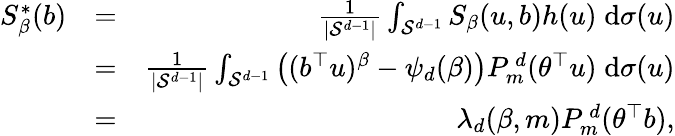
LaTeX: \begin{array}{rlr}{S_{\beta}^{*}(b)}&{=}&{\frac 1{|\mathcal{S}^{d-1}|}\int_{\mathcal{S}^{d-1}}S_{\beta}(u,b)h(u)\; \mathrm{d}\sigma(u)}\\ &{=}&{\frac 1{|\mathcal{S}^{d-1}|}\int_{\mathcal{S}^{d-1}}\left((b^{\top}u)^{\beta}-\psi_{d}(\beta)\right)P_{m}^{\, d}(\theta^{\top}u)\; \mathrm{d}\sigma(u)}\\ &{=}&{\lambda_{d}(\beta,m)P_{m}^{\, d}(\theta^{\top}b),}\end{array}